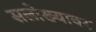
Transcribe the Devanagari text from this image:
सलोख्यावर